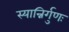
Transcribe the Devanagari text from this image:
स्यान्निर्गुणः